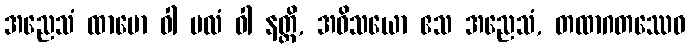
အညေသံ ထာမော ဝါ ဗလံ ဝါ နတ္ထိ, အဝိသယော ဧသ အညေသံ, တထာဂတဿေဝ